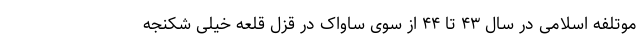
موتلفه اسلامی در سال ۴۳ تا ۴۴ از سوی ‌ساواک در قزل قلعه خیلی شکنجه